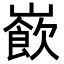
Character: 𡼽